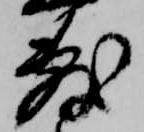
敷